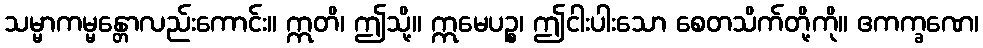
သမ္မာကမ္မန္တောလည်းကောင်း။ ဣတိ၊ ဤသို့။ ဣမေပဉ္စ၊ ဤငါးပါးသော စေတသိက်တို့ကို။ ဧကက္ခဏေ၊